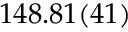
1 4 8 . 8 1 ( 4 1 )